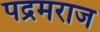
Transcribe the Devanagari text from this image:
पद्रमराज